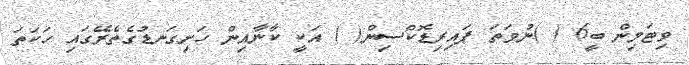
ވިޓަމިން ބީ6 ( )ނުވަތަ ޕައިރިޑޮކްސިން( ) އަކީ ކާނާއިން ހަށިގަނޑުގެތެރޭގައި ހަކަތަ